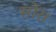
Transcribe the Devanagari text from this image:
सोर।